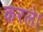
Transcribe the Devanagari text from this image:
करले।